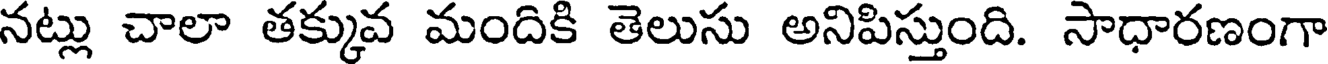
నట్లు చాలా తక్కువ మందికి తెలుసు అనిపిస్తుంది. సాధారణంగా